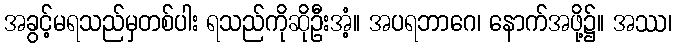
အခွင့်မရသည်မှတစ်ပါး ရသည်ကိုဆိုဦးအံ့။ အပရဘာဂေ၊ နောက်အဖို့၌။ အဿ၊